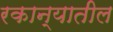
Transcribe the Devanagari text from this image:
रकान्यातील